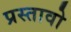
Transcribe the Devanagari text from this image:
प्रस्तावो